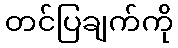
တင်ပြချက်ကို